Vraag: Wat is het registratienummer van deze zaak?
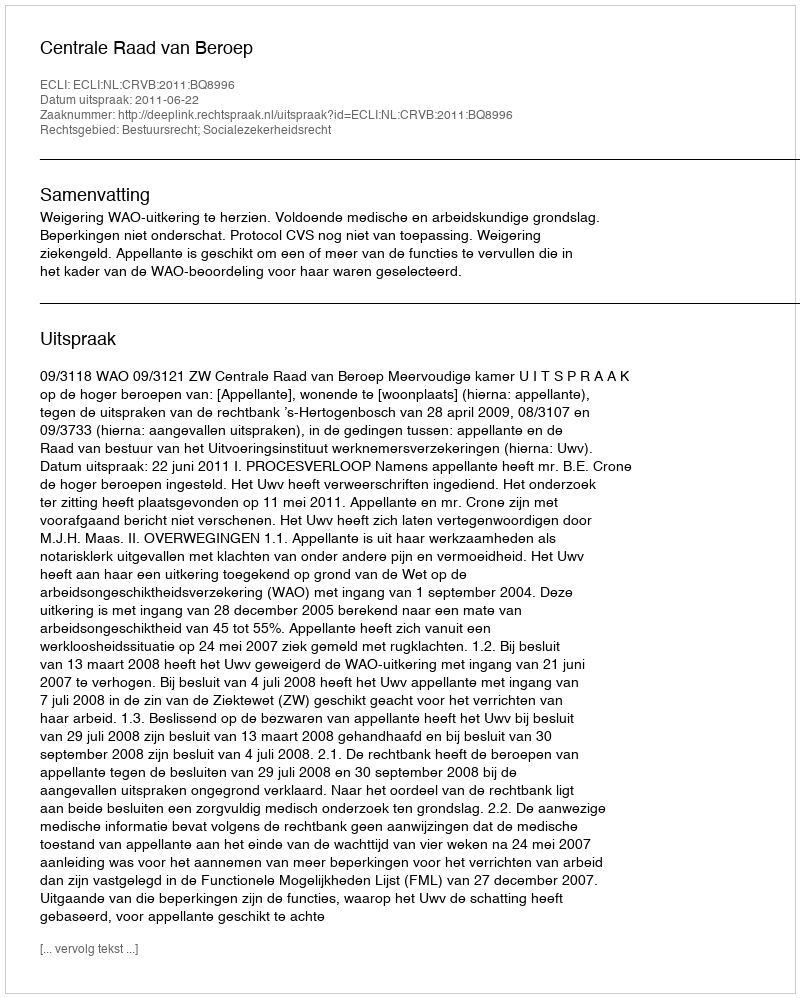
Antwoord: http://deeplink.rechtspraak.nl/uitspraak?id=ECLI:NL:CRVB:2011:BQ8996